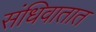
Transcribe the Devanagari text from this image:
संधिवातात